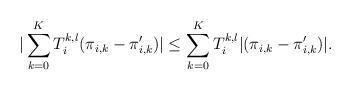
LaTeX: \begin{align*}|\sum\limits_{k=0}^{K}T_i^{k,l}(\pi_{i,k}-\pi'_{i,k})|\leq \sum\limits_{k=0}^{K}T_i^{k,l}|(\pi_{i,k}-\pi'_{i,k})|.\end{align*}